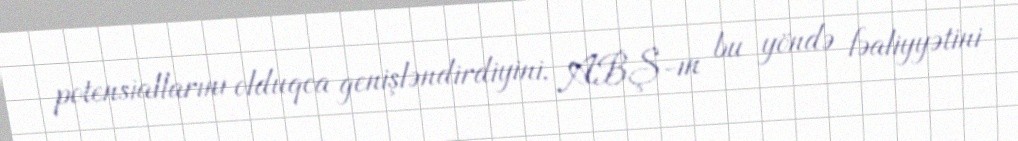
potensiallarını olduqca genişləndirdiyini, ABŞ-ın bu yöndə fəaliyyətini